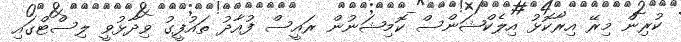
ކުރިން މިރޭ އިރާކޮޅު އިލެކްޝަންސް ކޮމިޝަނުން ރައީސް ފުއާދު ތައުފީގު ވިދާޅުވީ ލިސްޓްގައި